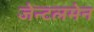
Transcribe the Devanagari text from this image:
जेन्टलमेन